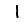
Digit: 1